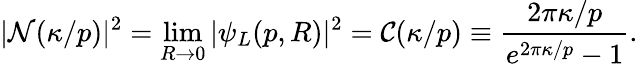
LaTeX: |{\cal N}(\kappa/p)|^{2}=\operatorname*{lim}_{R\rightarrow 0}|\psi_{L}(p,R)|^{2}={\cal C}(\kappa/p)\equiv\frac{2\pi\kappa/p}{e^{2\pi\kappa/p}-1}.